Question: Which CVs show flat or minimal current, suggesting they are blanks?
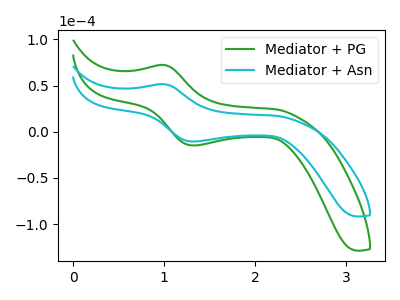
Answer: <think>The green curve "Mediator + PG" has an anodic peak at (1.00V, 72.25uA) and a cathodic peak at (1.35V, -14.85uA). The cyan curve "Mediator + Asn" has an anodic peak at (1.00V, 51.45uA) and a cathodic peak at (1.35V, -10.55uA).</think>
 <answer>There are not any CV's on this graph that are likely to be blanks.</answer>
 <eval>none</eval>